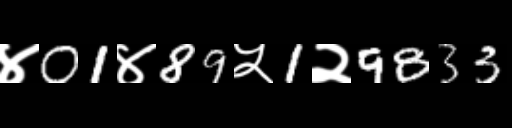
Text: ४01४89५1२9833